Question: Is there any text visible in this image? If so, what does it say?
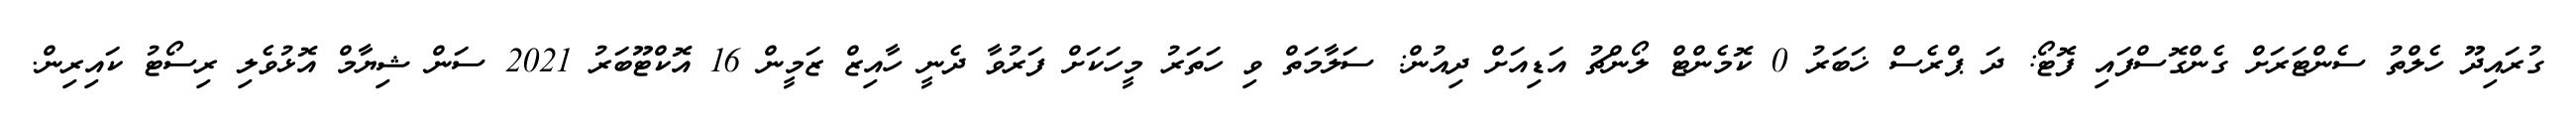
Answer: ގުރައިދޫ ހެލްތު ސެންޓަރަށް ގެންގޮސްފައި ފޮޓޯ: ދަ ޕްރެސް ޚަބަރު 0 ކޮމެންޓް ލޯންޗު އަޑިއަށް ދިއުން: ސަލާމަތް ވި ހަތަރު މީހަކަށް ފަރުވާ ދެނީ ހާއިޒް ޒަމީން 16 އޮކްޓޫބަރު 2021 ސަން ޝިޔާމް އޮޅުވެލި ރިސޯޓު ކައިރިން.